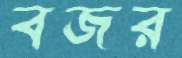
বজর